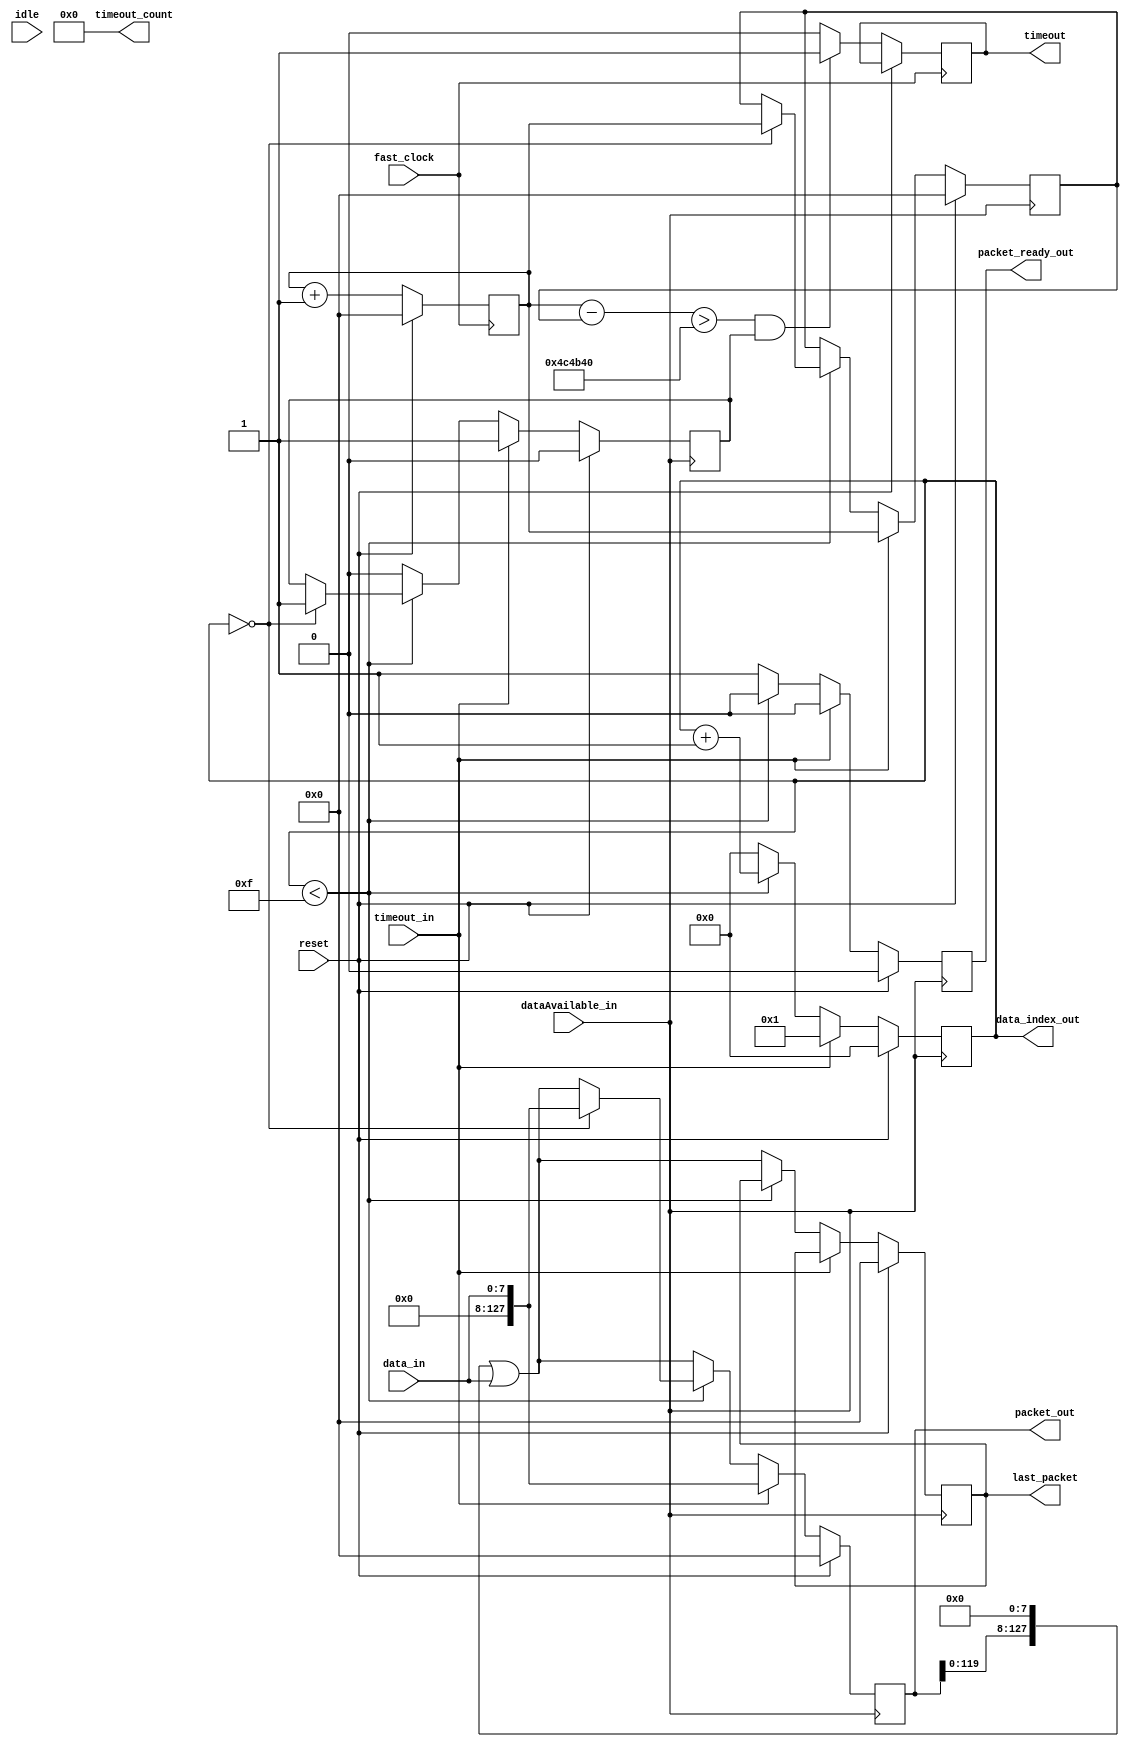
module PacketManager(
										data_in,
										packet_out,
										timeout,
										dataAvailable_in,
										reset,
										packet_ready_out,
										idle,
										last_packet,
										fast_clock,
										timeout_in,
										timeout_count,
										data_index_out
										); 
							
input wire timeout_in;	//timeout that the packet manager sent is fed back in
input wire [7:0] data_in; //the current byte into the packet
output wire [127:0] packet_out; //the data of the current packet
output wire packet_ready_out; //we have received all 16 bytes and the packet is full and ready for use
output reg timeout; //when a timeout occurs
input wire reset; //a reset signal
input wire dataAvailable_in; //is data available for us to add to the packet?
input wire idle; //are we idle?
reg [3:0] data_index; //packet byte index
reg [127:0] packet; //a register to hold the packet
reg packet_ready; //signal if the packet is complete
output reg [127:0] last_packet; //the last packet that was packaged
input wire fast_clock; //a 50mhz clock
reg [127:0] sys_time; //the system time of the fpga used for generating a timestamp to detect timeouts

assign packet_out = packet;
assign packet_ready_out = packet_ready;
output wire [24:0] timeout_count;
output wire [3:0] data_index_out;

assign data_index_out = data_index;
assign timeout_count = (sys_time - start_time) << 104; //for debugging

reg [127:0] start_time, end_time;
reg inProgress; //register to hold if we are currently collecting a packet, aka we are in progress of packet collection

always @(posedge fast_clock) begin
	//if a reset is received, then reset system clock
	if(reset) begin
		sys_time <= 0;
	end
	else begin
		sys_time <= sys_time + 1; //increment sytem clock
		//if the elapsed time is > ~0.2 seconds and we are in progress, then signal a timeout error
		if( ((sys_time - start_time) > 128'd5000000 ) && (inProgress == 1'b1)) begin
			timeout <= 1'b1;
			
		end
		else begin
			timeout <= 1'b0; //otherwise, signal no timeout error
		end
	end
end

//always at we receive an indication that new data is available
always @ (posedge dataAvailable_in) begin
	//if a reset is received (not really likely to happen btw)
	if(reset) begin
		data_index <= 4'd0;
		packet_ready <= 1'b0;
		packet <= 128'd0;
		last_packet <= 128'd0;
		start_time <= 0;
		end_time <= 0;
		inProgress <= 0;
	end
	else begin
		//if we are in the process of sending a timeout error, then keep alles in ordnung
		if(timeout_in) begin
			packet <= {128'd0,data_in};
			inProgress <= 1;
			start_time <= sys_time;
			packet_ready <= 1'b0;
			data_index <= 4'b0001;
		end //otherwise collect data for packet
			else begin
			if(data_index < 4'd15) begin
				data_index <= data_index + 4'b0001; //increment data byte index
				packet_ready <= 1'b0; //the packet is not ready yet
				if(data_index == 4'd0) begin //on first byte reset some stuff
					packet <= {128'd0,data_in};
					inProgress <= 1;
					start_time <= sys_time; //set the start time
				end
				else begin //on subsequent data receipts shift packet data appropriately while adding new byte
					packet <= (packet << 8) | {120'd0,data_in};
				end
			end
			else begin //else all data is now collected and packet is ready
				packet_ready <= 1'b1;  //set packet to ready
				packet <= (packet << 8) | {120'd0,data_in}; //set final byte of data
				last_packet <= (packet << 8) | {120'd0,data_in}; //set last packet data
				data_index <= 4'd0; //reset the byte index
				inProgress <= 0; //we are no longer in process of creating a packet
			end
		end
		
		
		
	end
end

										
										
endmodule